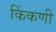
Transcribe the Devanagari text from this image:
किंकणी